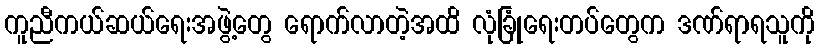
ကူညီကယ်ဆယ်ရေးအဖွဲ့တွေ ရောက်လာတဲ့အထိ လုံခြုံရေးတပ်တွေက ဒဏ်ရာရသူကို